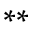
^ { * * }